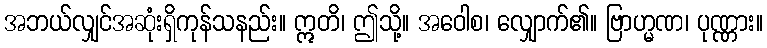
အဘယ်လျှင်အဆုံးရှိကုန်သနည်း။ ဣတိ၊ ဤသို့။ အဝေါစ၊ လျှောက်၏။ ဗြာဟ္မဏ၊ ပုဏ္ဏား။